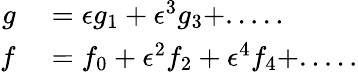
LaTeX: \begin{array}{rl}{g}&{{}=\epsilon g_{1}+\epsilon^{3}g_{3}+.....}\\ {f}&{{}=f_{0}+\epsilon^{2}f_{2}+\epsilon^{4}f_{4}+.....}\end{array}